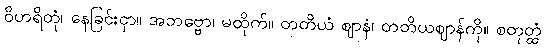
ဝိဟရိတုံ၊ နေခြင်းငှာ။ အဘဗ္ဗော၊ မထိုက်။ တတိယံ ဈာနံ၊ တတိယဈာန်ကို။ စတုတ္ထံ